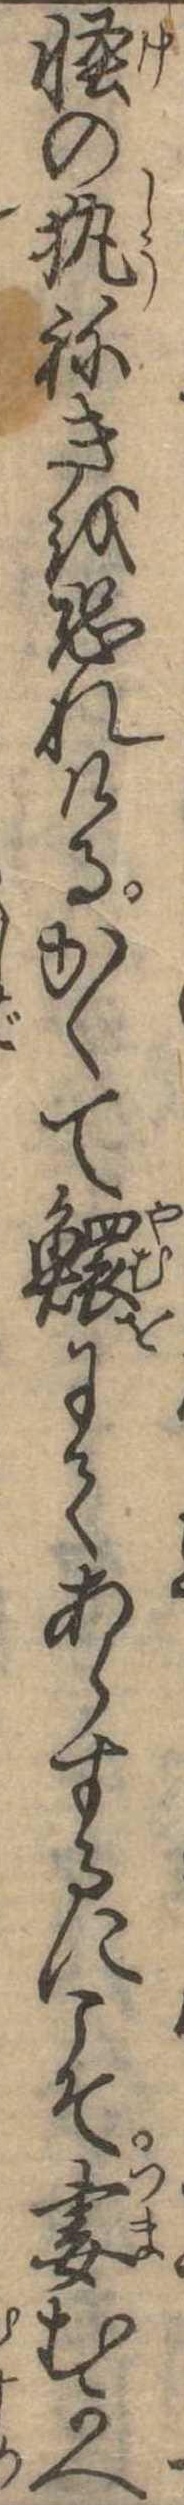
怪のねきを恐れけるかくて鰥にてあらするにこそ妻むかへ